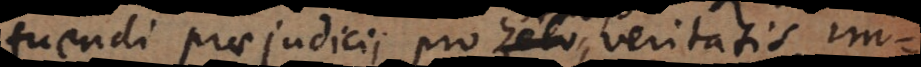
uendi praejudicii pro zelo veritatis im